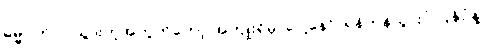
ဓမ္မဂုတ်။ ။ သွားတဲ့အတွက်တော့ အကျိုးရှိမှာပေါ့နော်၊ ရန်ကုန်သွားပုံ ပြန်ပုံနဲ့